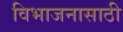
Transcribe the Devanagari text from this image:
विभाजनासाठी